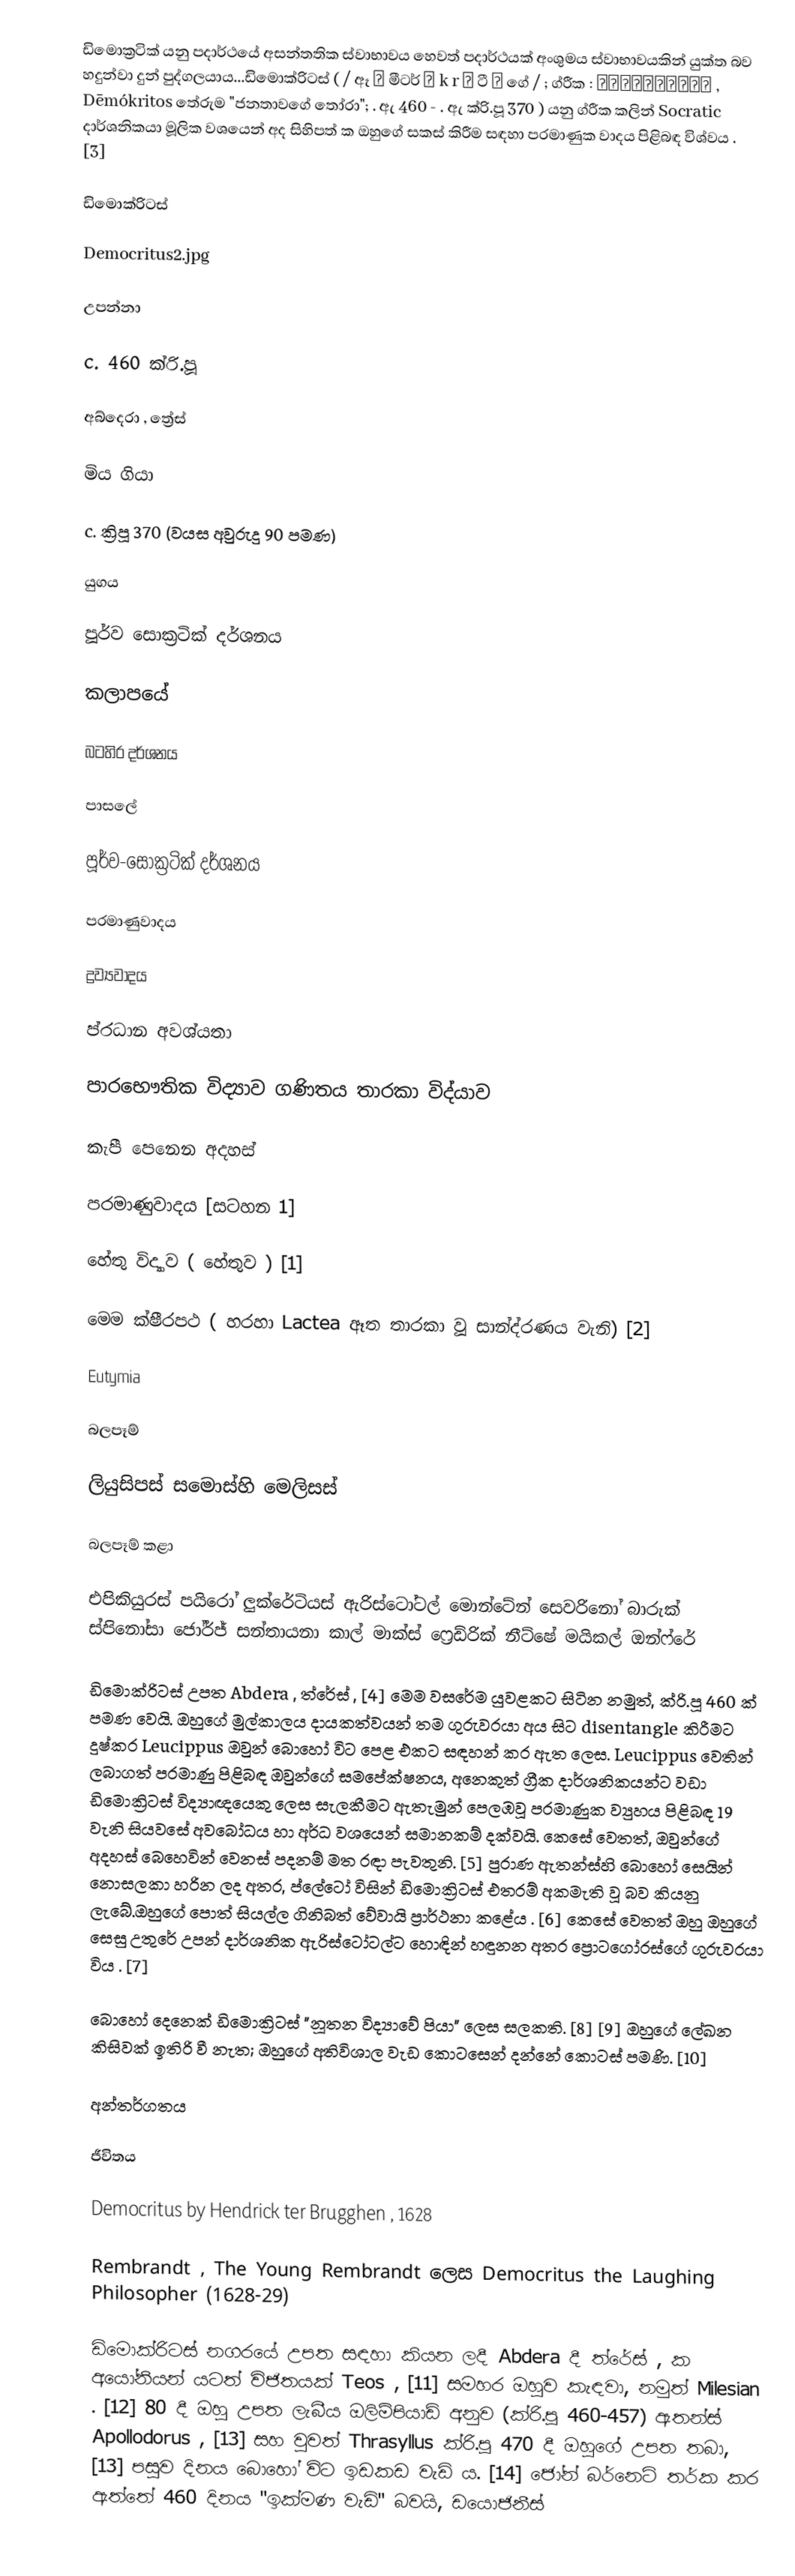
ඩිමොක්‍රටික් යනු පදාර්ථයේ අසන්තතික ස්වාභාවය හෙවත් පදාර්ථයක් අංශුමය ස්වාභාවයකින් යුක්ත බව හදුන්වා දුන් පුද්ගලයාය...ඩිමොක්රිටස් ( / ඈ ɪ මීටර් ɒ k r ɪ ටී ə ගේ / ; ග්රීක : Δημόκριτος , Dēmókritos තේරුම "ජනතාවගේ තෝරා"; . ඇ  460 - . ඇ  ක්රි.පූ 370 ) යනු ග්රීක කලින් Socratic දාර්ශනිකයා මූලික වශයෙන් අද සිහිපත් ක ඔහුගේ සකස් කිරීම සඳහා පරමාණුක වාදය පිළිබඳ විශ්වය . [3]

ඩිමොක්රිටස්

Democritus2.jpg

උපන්නා

c.  460 ක්රි.පූ

අබ්දෙරා , ත්‍රේස්

මිය ගියා

c.  ක්‍රිපූ 370 (වයස අවුරුදු 90 පමණ)

යුගය

පූර්ව සොක්‍රටික් දර්ශනය

කලාපයේ

බටහිර දර්ශනය

පාසලේ

පූර්ව-සොක්‍රටික් දර්ශනය

පරමාණුවාදය

ද්‍රව්‍යවාදය

ප්රධාන අවශ්යතා

පාරභෞතික විද්‍යාව ගණිතය තාරකා විද්යාව

කැපී පෙනෙන අදහස්

පරමාණුවාදය [සටහන 1]

හේතු විද්‍යාව ( හේතුව ) [1]

මෙම ක්ෂීරපථ ( හරහා Lactea ඈත තාරකා වූ සාන්ද්රණය වැනි) [2]

Eutymia

බලපෑම්

ලියුසිපස් සමොස්හි මෙලිසස්

බලපෑම් කළා

එපිකියුරස් පයිරෝ ලුක්රේටියස් ඇරිස්ටෝටල් මොන්ටේන් සෙවරිනෝ බාරුක් ස්පිනෝසා ජෝර්ජ් සන්තායනා කාල් මාක්ස් ෆ්‍රෙඩ්රික් නීට්ෂේ මයිකල් ඔන්ෆ්රේ

ඩිමොක්රිටස් උපත Abdera , ත්රේස් , [4] මෙම වසරේම යුවළකට සිටින නමුත්, ක්රි.පූ 460 ක් පමණ වෙයි. ඔහුගේ මුල්කාලය දායකත්වයන් තම ගුරුවරයා අය සිට disentangle කිරීමට දුෂ්කර Leucippus ඔවුන් බොහෝ විට පෙළ එකට සඳහන් කර ඇත ලෙස. Leucippus වෙතින් ලබාගත් පරමාණු පිළිබඳ ඔවුන්ගේ සමපේක්ෂනය, අනෙකුත් ග්‍රීක දාර්ශනිකයන්ට වඩා ඩිමොක්‍රිටස් විද්‍යාඥයෙකු ලෙස සැලකීමට ඇතැමුන් පෙලඹවූ පරමාණුක ව්‍යුහය පිළිබඳ 19 වැනි සියවසේ අවබෝධය හා අර්ධ වශයෙන් සමානකම් දක්වයි. කෙසේ වෙතත්, ඔවුන්ගේ අදහස් බෙහෙවින් වෙනස් පදනම් මත රඳා පැවතුනි. [5] පුරාණ ඇතන්ස්හි බොහෝ සෙයින් නොසලකා හරින ලද අතර, ප්ලේටෝ විසින් ඩිමොක්‍රිටස් එතරම් අකමැති වූ බව කියනු ලැබේ.ඔහුගේ පොත් සියල්ල ගිනිබත් වේවායි ප්‍රාර්ථනා කළේය . [6] කෙසේ වෙතත් ඔහු ඔහුගේ සෙසු උතුරේ උපන් දාර්ශනික ඇරිස්ටෝටල්ට හොඳින් හඳුනන අතර ප්‍රොටගෝරස්ගේ ගුරුවරයා විය . [7]

බොහෝ දෙනෙක් ඩිමොක්‍රිටස් "නූතන විද්‍යාවේ පියා" ලෙස සලකති. [8] [9] ඔහුගේ ලේඛන කිසිවක් ඉතිරි වී නැත; ඔහුගේ අතිවිශාල වැඩ කොටසෙන් දන්නේ කොටස් පමණි. [10]

අන්තර්ගතය

ජීවිතය

Democritus by Hendrick ter Brugghen , 1628

Rembrandt , The Young Rembrandt ලෙස Democritus the Laughing Philosopher (1628-29)

ඩිමොක්රිටස් නගරයේ උපත සඳහා කියන ලදී Abdera දී ත්රේස් , ක අයෝනියන් යටත් විජිතයක් Teos , [11] සමහර ඔහුව කැඳවා, නමුත් Milesian . [12] 80 දී ඔහු උපත ලැබීය ඔලිම්පියාඩ් අනුව (ක්රි.පූ 460-457) ඇතන්ස් Apollodorus , [13] සහ වුවත් Thrasyllus ක්රි.පූ 470 දී ඔහුගේ උපත තබා, [13] පසුව දිනය බොහෝ විට ඉඩකඩ වැඩි ය. [14] ජෝන් බර්නෙට් තර්ක කර ඇත්තේ 460 දිනය "ඉක්මණ වැඩි" බවයි, ඩයොජිනීස්